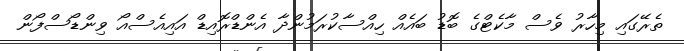
ތެރޭގައި މިހާރު ވެސް މާކެޓްގެ ބޮޑު ބައެއް ހިއްސާކުރަމުންދާ އެންޑްރޮއިޑް އައިއެސްއޯ ވިންޑޯސްފޯން